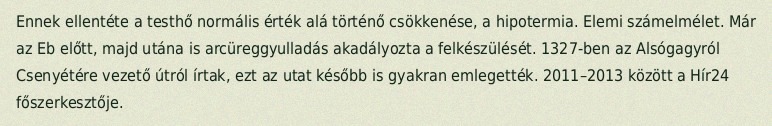
Ennek ellentéte a testhő normális érték alá történő csökkenése, a hipotermia. Elemi számelmélet. Már az Eb előtt, majd utána is arcüreggyulladás akadályozta a felkészülését. 1327-ben az Alsógagyról Csenyétére vezető útról írtak, ezt az utat később is gyakran emlegették. 2011–2013 között a Hír24 főszerkesztője.